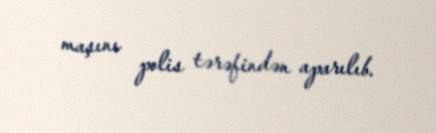
maşını polis tərəfindən aparılıb.